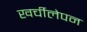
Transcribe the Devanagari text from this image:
खर्चीलेपन